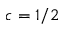
c = 1 / 2